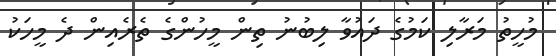
މުހީތު މަރާލި ކަމުގެ ދައުވާ ލިބުނު ތިން މީހުންގެ ތެރެއިން ދެ މީހަކު